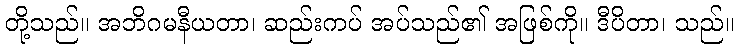
တို့သည်။ အဘိဂမနီယတာ၊ ဆည်းကပ် အပ်သည်၏ အဖြစ်ကို။ ဒီပိတာ၊ သည်။